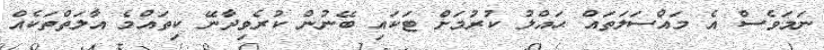
ނަމަވެސް އެ މައްސަލަތައް ޙައްލު ކުރުމަށް ޓަކައި ބޭނުން ކުރެވިދާނޭ ކިތައްމެ އާލަތްތަކެއް